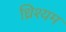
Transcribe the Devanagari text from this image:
ध्रिश्यम